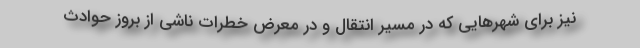
نیز برای شهرهایی که در مسیر انتقال و در معرض خطرات ناشی از بروز حوادث